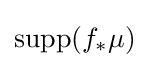
\operatorname {supp} (f_{*}\mu )